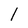
Character: 1